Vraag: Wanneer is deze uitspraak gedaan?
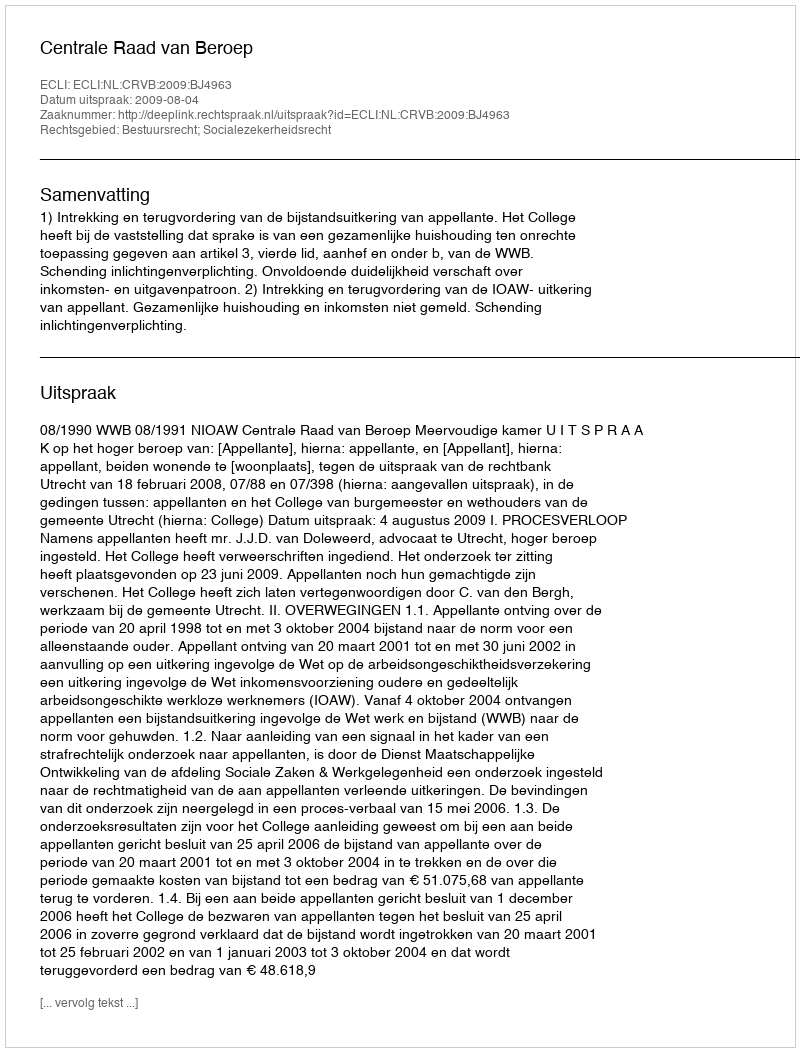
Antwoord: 2009-08-04